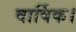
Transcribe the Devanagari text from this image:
वार्षिक।